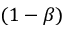
( 1 - \beta )